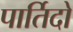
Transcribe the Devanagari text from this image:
पार्तिदो